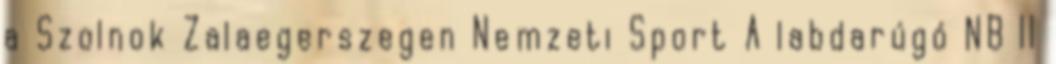
a Szolnok Zalaegerszegen Nemzeti Sport A labdarúgó NB II